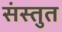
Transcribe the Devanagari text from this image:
संस्‍तुत